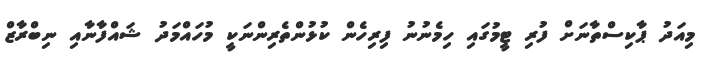
މިއަދު ޕާކިސްތާނަށް ފުރި ޓީމުގައި ހިމެނުނު ފިރިހެން ކުޅުންތެރިންނަކީ މުހައްމަދު ޝައްފާނާއި ނިބްރާޒް